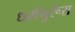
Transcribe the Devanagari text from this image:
धर्मगुरूंस